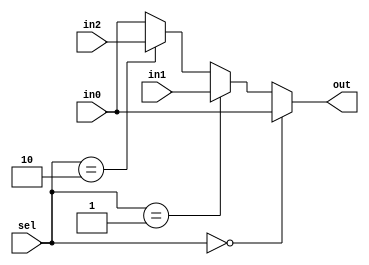
module mux_3to1_32bit (out, in0, in1, in2, sel);
input [31:0] in0;
input [31:0] in1;
input [31:0] in2;
input [1:0] sel;
output reg [31:0] out;

always @(sel,in0,in1,in2) begin
	if (sel == 2'b00) out = in0;
	else if (sel == 2'b01) out =  in1;
	else if (sel == 2'b10) out = in2;
	else out = in0;
end

endmodule